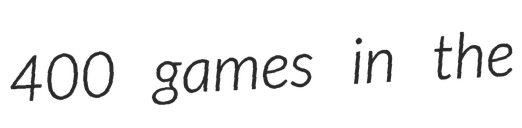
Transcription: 400 games in the